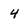
Character: 4